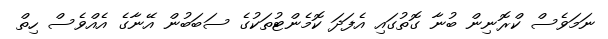
ނަމަވެސް ކްރޮނިން ބުނާ ގޮތުގައި އެފަދަ ކޮމެންޓުތަކުގެ ސަބަބުން އޭނާގެ އެއްވެސް ހިތް